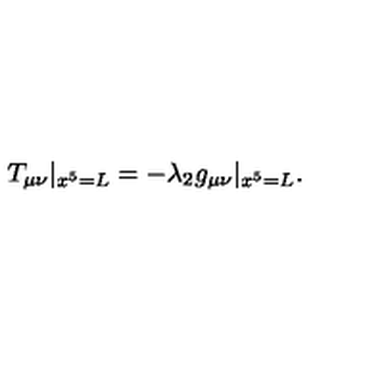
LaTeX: T _ { \mu \nu } | _ { x ^ { 5 } = L } = - \lambda _ { 2 } g _ { \mu \nu } | _ { x ^ { 5 } = L } .